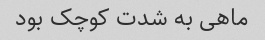
ماهی به شدت کوچک بود